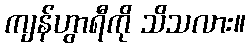
ကျန်ဟွာရီကို သိသလား။